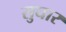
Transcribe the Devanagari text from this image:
सुघार